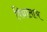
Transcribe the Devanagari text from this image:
विद्यालाभ